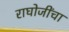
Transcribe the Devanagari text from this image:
राघोजींचा